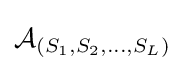
{\mathcal {A}}_{(S_{1},S_{2},\ldots ,S_{L})}